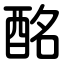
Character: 酩